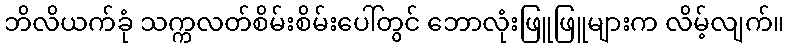
ဘိလိယက်ခုံ သက္ကလတ်စိမ်းစိမ်းပေါ်တွင် ဘောလုံးဖြူဖြူများက လိမ့်လျက်။